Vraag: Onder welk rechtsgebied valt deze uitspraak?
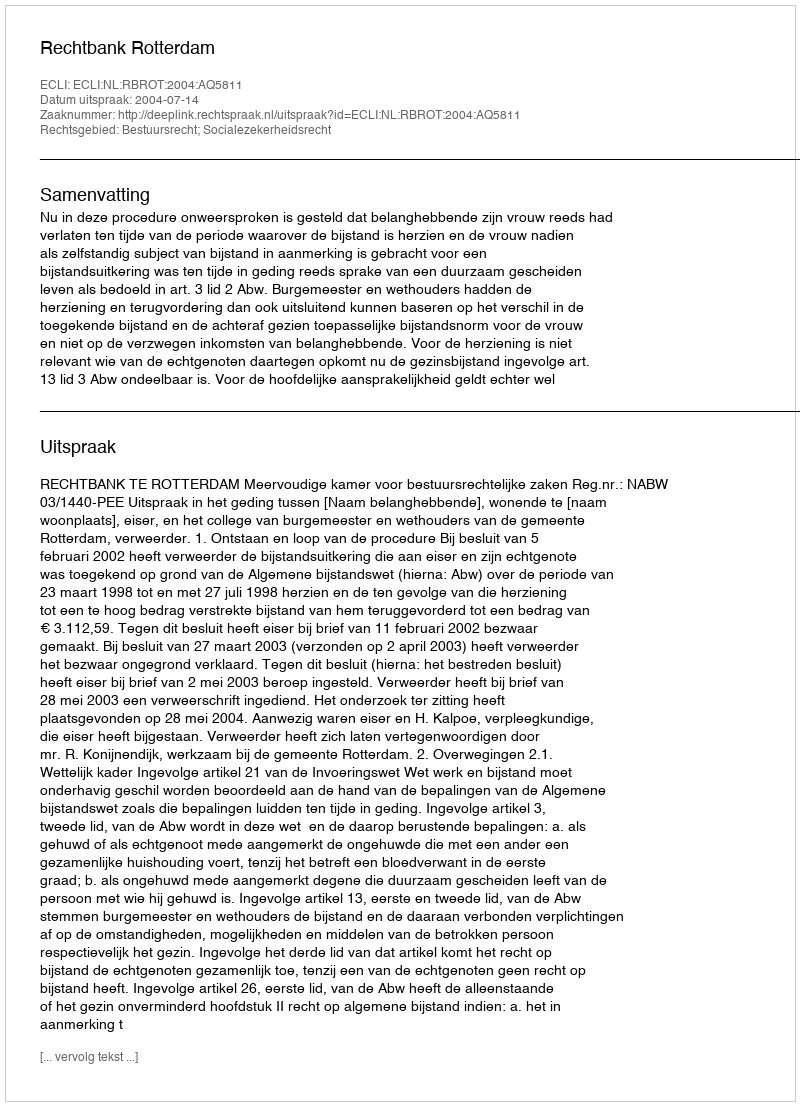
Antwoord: Bestuursrecht; Socialezekerheidsrecht